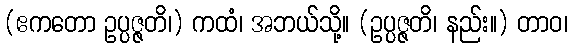
(ဧကတော ဥပ္ပဇ္ဇတိ၊) ကထံ၊ အဘယ်သို့။ (ဥပ္ပဇ္ဇတိ၊ နည်း။) တာဝ၊